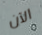
الآن